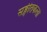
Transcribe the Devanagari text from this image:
सङ्गीतकला